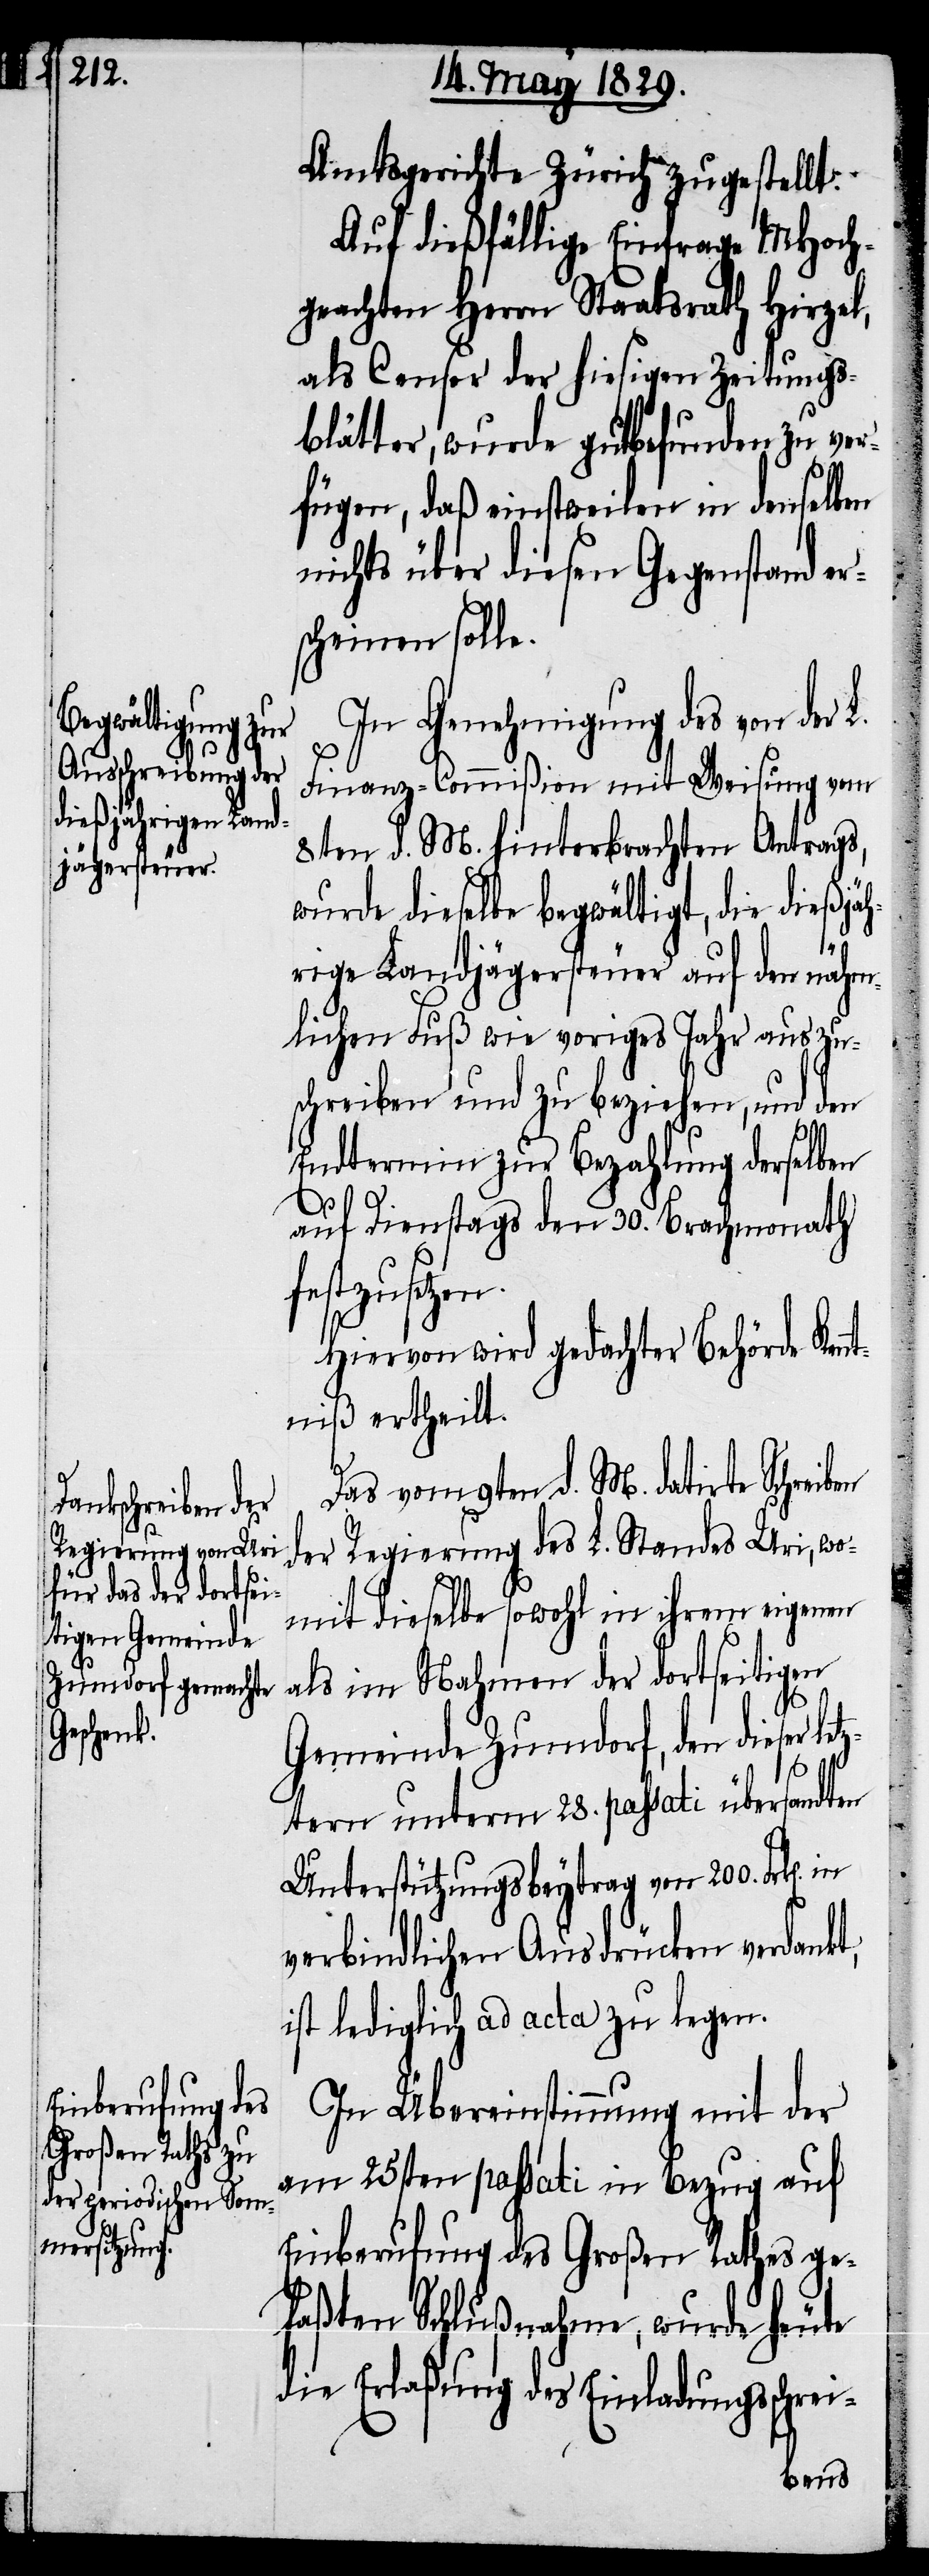
i-

Amtsgerichte Zürich zugestellt.
Auf dießfällige Einfrage MHoch¬
geachten Herrn Staatsrath Hirzel,
als Censor der hiesigen Zeitungs¬
blätter, wurde gutbefunden zu ver¬
fügen, daß einstweilen in denselben
nichts über diesen Gegenstand er¬
scheinen solle.
In Genehmigung des von der
Finanz-Commißion mit Weisung vom
8ten d. M. hinterbrachten Antrags,
wurde dieselbe begwältigt, die dießjäh¬
rige Landjägersteuer auf den nähm¬
lichen Fuß wie voriges Jahr auszu¬
schreiben und zu beziehen, und den
Endtermin zur Bezahlung derselben
auf Dienstag den 30. Brachmonath
festzusetzen.
Hiervon wird gedachter Behörde Ken¬
ntniß ertheilt.
Das vom 9ten d. M. datirte Schreiben
der Regierung des L. Standes Uri, wo¬
mit dieselbe sowohl in ihrem eigenen
als im Nahmen der dortseitigen
Gemeinde Zumdorf, den dieser
ztern unterm 28. passati übersandten
Unterstützungsbeytrag von 200. Frk[en].
verbindlichen Ausdrücken verdankt,
ist lediglich ad acta zu legen.
In Übereinstimmung mit der
am 25sten passati in Bezug auf
Einberufung des Großen Rathes ge¬
faßten Schlußnahme, wurde heute
die Erlaßung des Einladungsschre¬
let¬